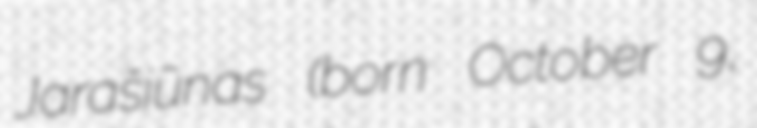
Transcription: Jarašiūnas (born October 9,